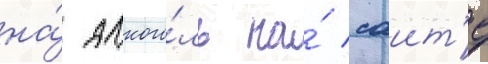
на́ алкого́ль на́ саит'е